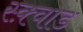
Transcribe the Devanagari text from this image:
स्क़्वाड